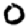
Digit: 0